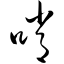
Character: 哨